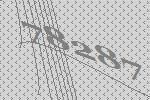
78287